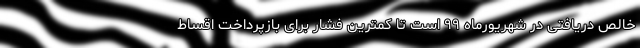
خالص دریافتی در شهریورماه ۹۹ است تا کمترین فشار برای بازپرداخت اقساط